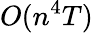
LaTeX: O(n^{4}T)